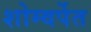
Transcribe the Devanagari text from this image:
शोम्वर्पेत